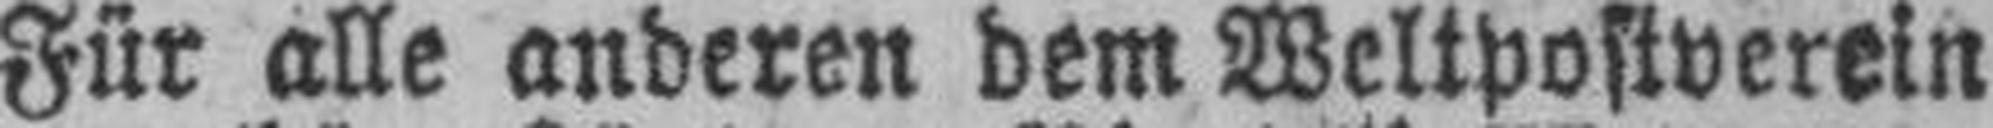
Für alle anderen dem Weltpostverein